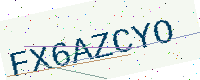
Text: FX6AZCYO